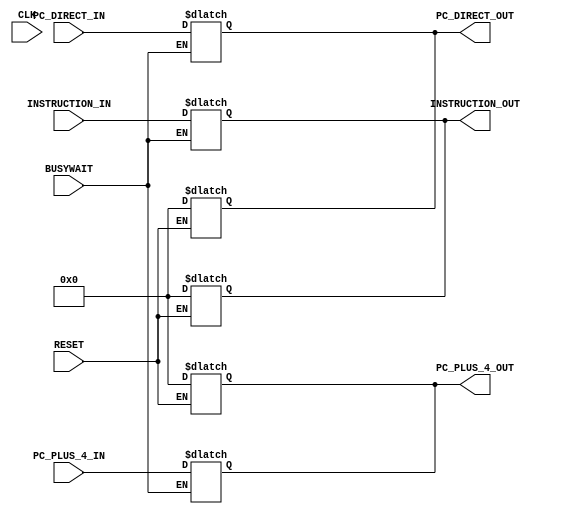
module IF_ID_register(
	CLK,
	RESET,
	INSTRUCTION_IN,
	PC_PLUS_4_IN,
	PC_DIRECT_IN,
	INSTRUCTION_OUT,
	PC_PLUS_4_OUT,
	PC_DIRECT_OUT,
	BUSYWAIT
);
	
	//port declaration
	input CLK, RESET, BUSYWAIT;
	input [31:0] INSTRUCTION_IN, PC_PLUS_4_IN, PC_DIRECT_IN;
	
	output reg [31:0] INSTRUCTION_OUT, PC_PLUS_4_OUT, PC_DIRECT_OUT;
	
	// reset the register
	always @ (*) begin
        if (RESET) begin
            #1;
            INSTRUCTION_OUT = 32'd0;
            PC_PLUS_4_OUT = 32'd0;
			PC_DIRECT_OUT = 32'd0;
        end
    end

	// input data tranmits to outputs at the positive edge of the clock
	// At this moment, reset must be low
	// Assignments to outputs happen simultaneously
	always @ (*) begin
        if (BUSYWAIT == 1'b0 ) begin
			#2
            INSTRUCTION_OUT <= INSTRUCTION_IN;
           PC_PLUS_4_OUT <= PC_PLUS_4_IN;
		 	PC_DIRECT_OUT <= PC_DIRECT_IN;
        end
    end


	 initial
    begin
        $dumpfile("cpu_wavedata.vcd");
        $dumpvars(1,INSTRUCTION_OUT);
		$dumpvars(1,PC_DIRECT_OUT);
		$dumpvars(1,PC_PLUS_4_OUT);
    end    


endmodule